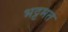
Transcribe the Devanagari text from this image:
भट्टमत